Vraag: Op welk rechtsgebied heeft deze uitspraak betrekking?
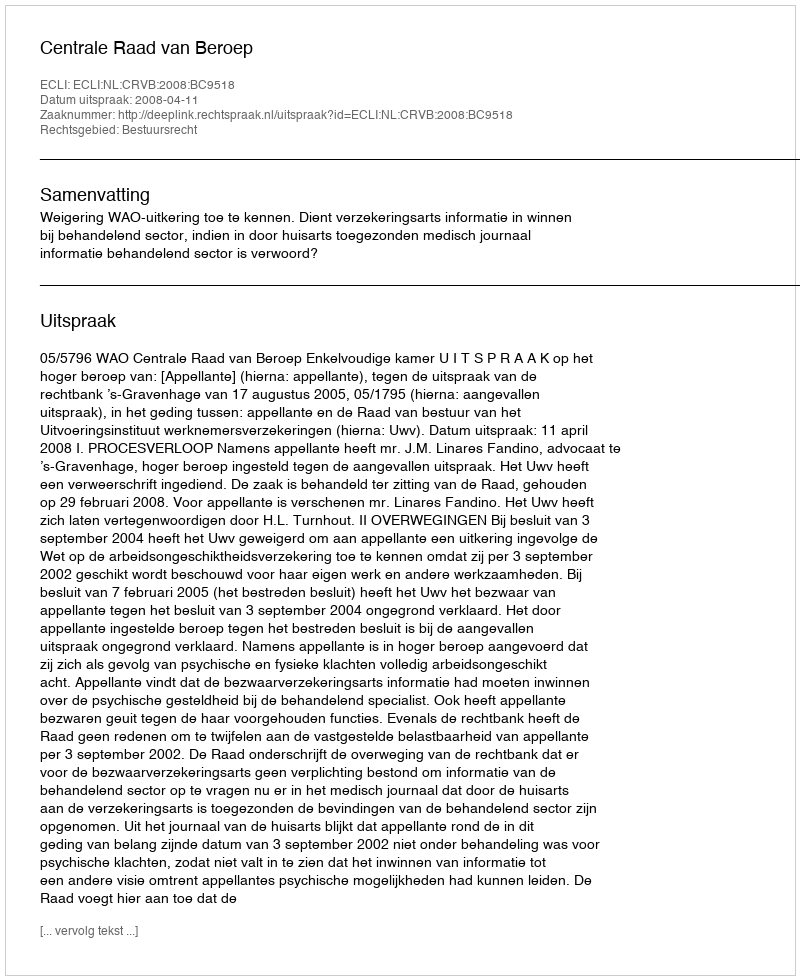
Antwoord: Bestuursrecht